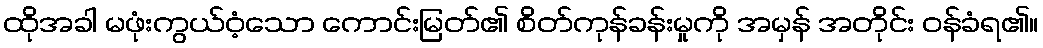
ထိုအခါ မဖုံးကွယ်ဝံ့သော ကောင်းမြတ်၏ စိတ်ကုန်ခန်းမှုကို အမှန် အတိုင်း ဝန်ခံရ၏။